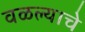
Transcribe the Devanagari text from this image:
वळल्याचे